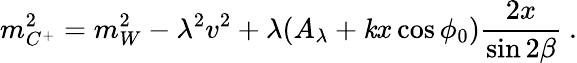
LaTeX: m_{C^{+}}^{2}=m_{W}^{2}-\lambda^{2}v^{2}+\lambda(A_{\lambda}+\mathit{k}x\cos\phi_{0}){\frac{{2x}}{{\sin2\beta}}}\ .